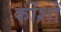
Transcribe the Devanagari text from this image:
कोंशों